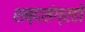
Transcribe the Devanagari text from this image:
शब्दसंग्रहों